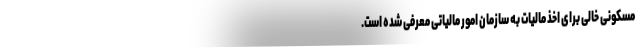
مسکونی خالی برای اخذ مالیات به سازمان امور مالیاتی معرفی شده است.